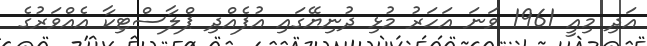
އަދި މިއީ 1961 ވަނަ އަހަރު މުޅި ދުނިޔޭގައި އުފެއްދި ޕްލާސްޓިކާ އެއްވަރުގެ